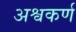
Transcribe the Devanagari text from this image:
अश्वकर्ण